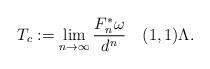
LaTeX: \begin{align*} T_c:=\lim_{n\to\infty}\frac{F_n^*\omega}{d^n}\quad(1,1)\Lambda. \end{align*}